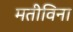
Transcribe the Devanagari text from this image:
मतीविना